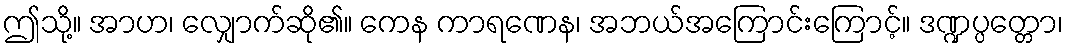
ဤသို့။ အာဟ၊ လျှောက်ဆို၏။ ကေန ကာရဏေန၊ အဘယ်အကြောင်းကြောင့်။ ဒဏ္ဍပ္ပတ္တော၊